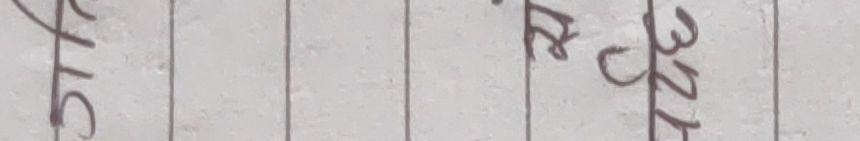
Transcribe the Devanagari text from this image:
५१६ २. ३२६